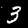
Label: 3